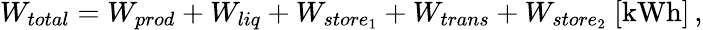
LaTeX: W_{total}=W_{prod}+W_{liq}+W_{store_{1}}+W_{trans}+W_{store_{2}}\ [\mathrm{kWh}]\, ,